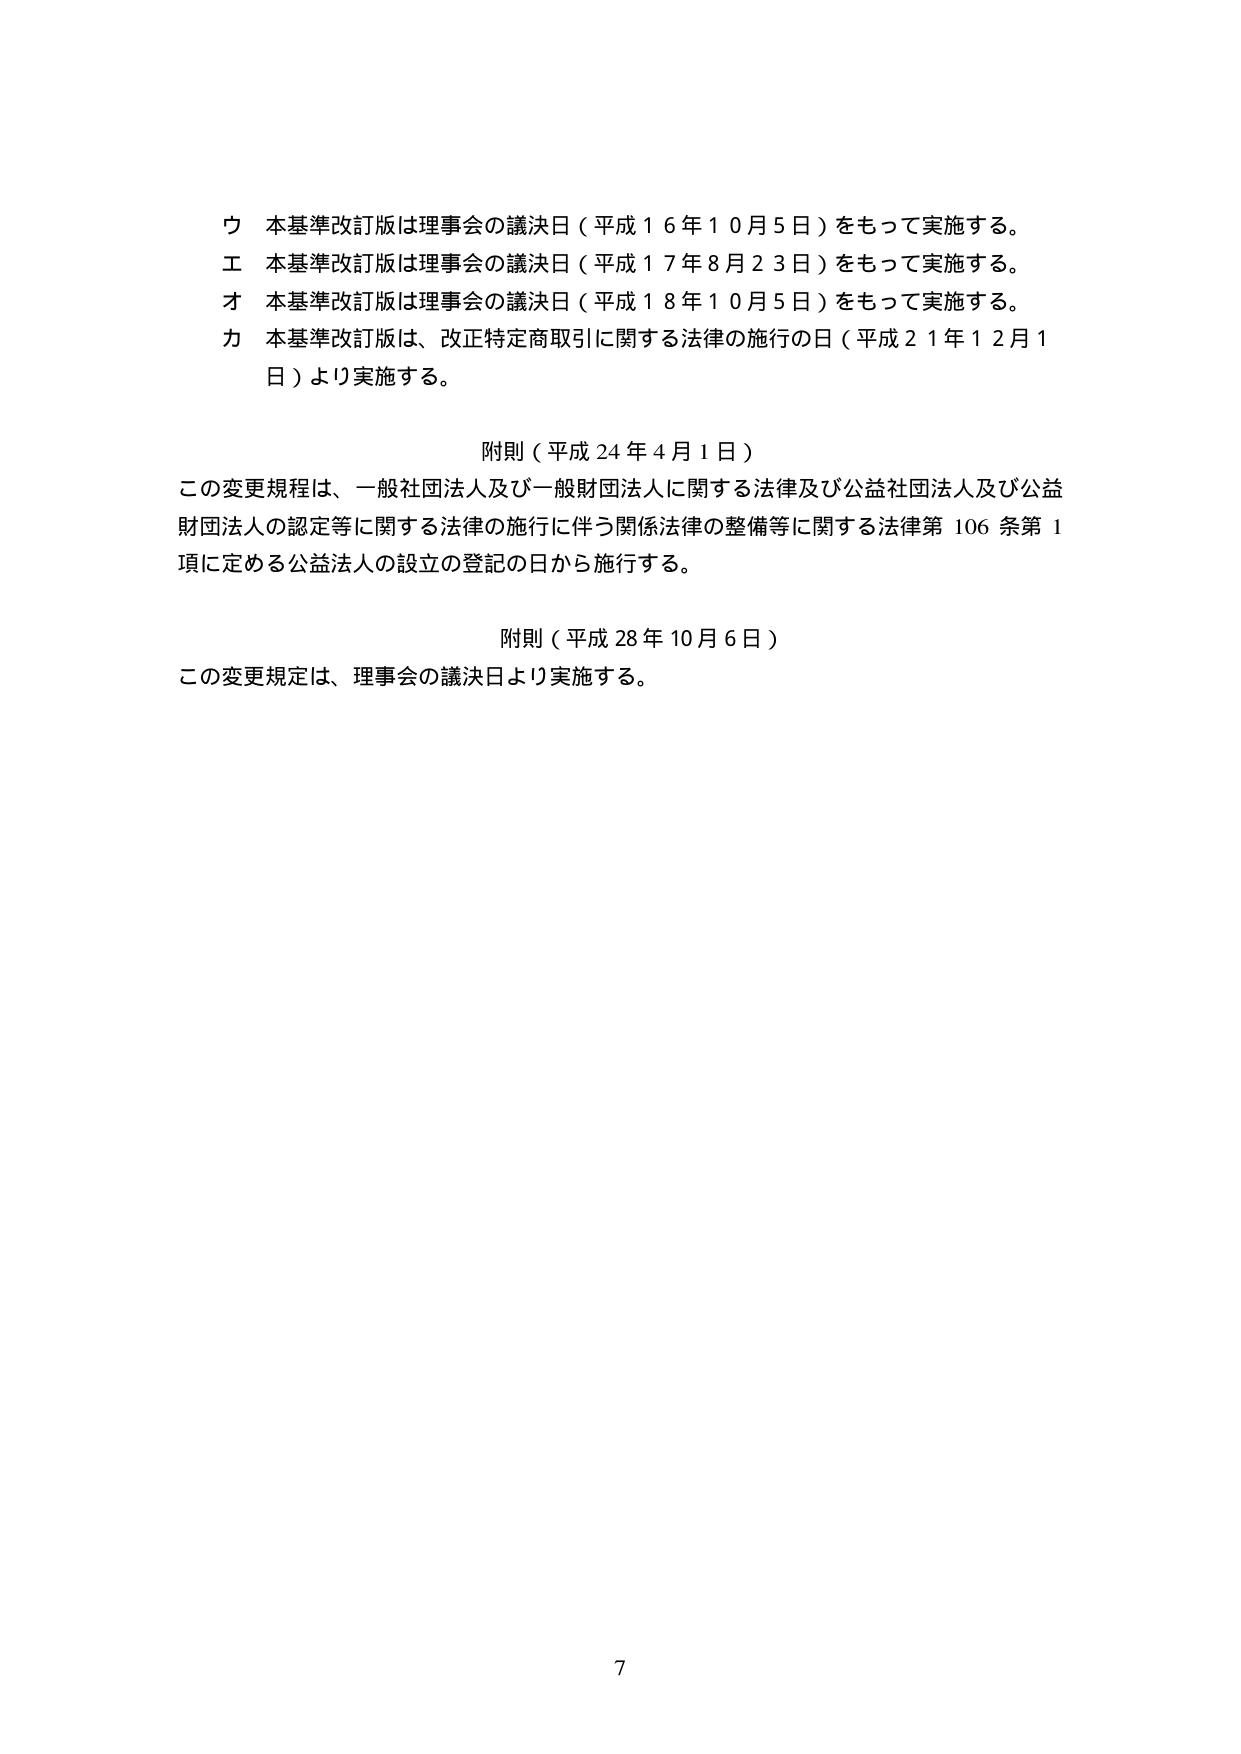
ウ 本基準改訂版は理事会の議決日（平成１６年１０月５日）をもって実施する。
エ 本基準改訂版は理事会の議決日（平成１７年８月２３日）をもって実施する。
オ 本基準改訂版は理事会の議決日（平成１８年１０月５日）をもって実施する。
カ 本基準改訂版は、改正特定商取引に関する法律の施行の日（平成２１年１２月１日）より実施する。

附則（平成２４年４月１日）
この変更規程は、一般社団法人及び一般財団法人に関する法律及び公益社団法人及び公益財団法人の認定等に関する法律の施行に伴う関係法律の整備等に関する法律第106条第1項に定める公益法人の設立の登記の日から施行する。

附則（平成28年10月6日）
この変更規定は、理事会の議決日より実施する。

7